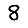
Digit: 8